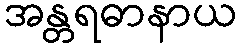
အန္တရဓာနာယ